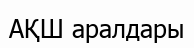
АҚШ аралдары